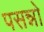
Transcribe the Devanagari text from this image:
पसन्नो